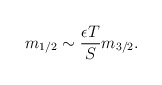
\begin{align*}m_{1/2} \sim \frac{\epsilon T}{S} m_{3/2}.\end{align*}